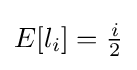
{\textstyle E[l_{i}]={\frac {i}{2}}}